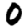
Digit: 0